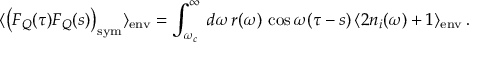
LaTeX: \langle \left( F _ { Q } ( \tau ) F _ { Q } ( s ) \right) _ { \mathrm { s y m } } \rangle _ { \mathrm { e n v } } = \int _ { \omega _ { c } } ^ { \infty } \, d \omega \, r ( \omega ) \, \cos \omega ( \tau - s ) \, \langle 2 n _ { i } ( \omega ) + 1 \rangle _ { \mathrm { e n v } } \, .